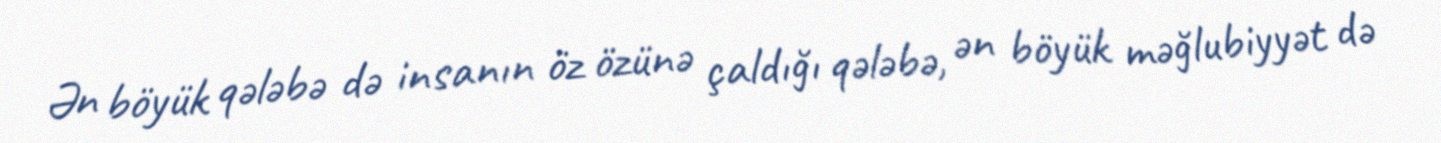
Ən böyük qələbə də insanın öz özünə çaldığı qələbə, ən böyük məğlubiyyət də